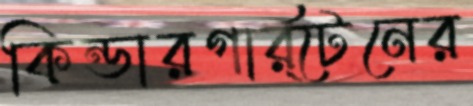
কিন্ডারগার্র্টেনের